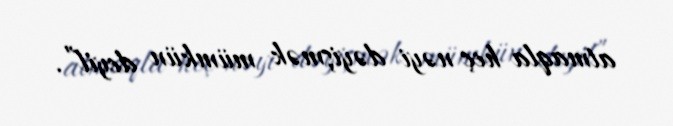
atmaqla heç nəyi dəyişmək mümkün deyil”.